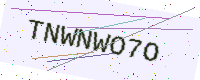
Text: TNWNWO7O